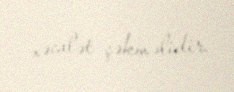
xəcalət çəkməlidir.